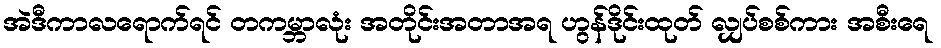
အဲဒီကာလရောက်ရင် တကမ္ဘာလုံး အတိုင်းအတာအရ ဟွန်ဒိုင်းထုတ် လျှပ်စစ်ကား အစီးရေ